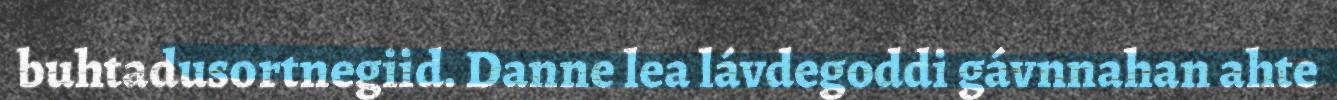
buhtadusortnegiid. Danne lea lávdegoddi gávnnahan ahte